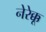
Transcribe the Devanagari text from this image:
नेरेक्कू